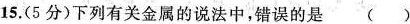
15.(5分)下列有关金属的说法中，错误的是()